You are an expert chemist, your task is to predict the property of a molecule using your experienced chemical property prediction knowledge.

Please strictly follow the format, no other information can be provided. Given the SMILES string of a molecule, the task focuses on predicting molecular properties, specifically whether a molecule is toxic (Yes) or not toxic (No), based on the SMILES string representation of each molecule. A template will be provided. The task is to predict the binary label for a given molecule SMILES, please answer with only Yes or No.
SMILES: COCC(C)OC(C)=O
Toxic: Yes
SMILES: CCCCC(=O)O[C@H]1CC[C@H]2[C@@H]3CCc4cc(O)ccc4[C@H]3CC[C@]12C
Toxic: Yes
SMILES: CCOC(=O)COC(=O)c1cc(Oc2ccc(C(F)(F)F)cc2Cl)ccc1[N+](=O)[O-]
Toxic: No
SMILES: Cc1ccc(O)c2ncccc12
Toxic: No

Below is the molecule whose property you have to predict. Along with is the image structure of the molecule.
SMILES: C[C@H](O)C(=O)Nc1c(I)c(C(=O)NC(CO)CO)c(I)c(C(=O)NC(CO)CO)c1I
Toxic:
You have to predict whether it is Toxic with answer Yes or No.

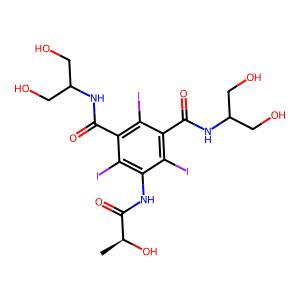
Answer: Yes